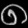
Digit: ၈